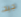
جيد